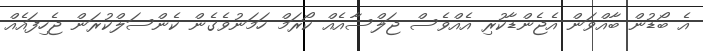
އެ ބޯޑުން ބާއްވަން އެޖެންޑާކުރި އެއްވެސް ޖަލްސާއެއް ކޯރަމް ހަމަނުވެގެން ކެންސަލްކުރަން ޖެހިފައެއް